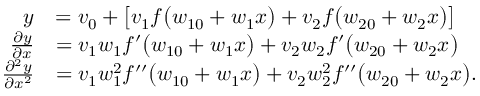
\begin{array} { r l } { y } & { = v _ { 0 } + \left[ v _ { 1 } f \big ( w _ { 1 0 } + w _ { 1 } x \big ) + v _ { 2 } f \big ( w _ { 2 0 } + w _ { 2 } x \big ) \right] } \\ { \frac { \partial y } { \partial x } } & { = v _ { 1 } w _ { 1 } f ^ { \prime } \big ( w _ { 1 0 } + w _ { 1 } x \big ) + v _ { 2 } w _ { 2 } f ^ { \prime } \big ( w _ { 2 0 } + w _ { 2 } x \big ) } \\ { \frac { \partial ^ { 2 } y } { \partial x ^ { 2 } } } & { = v _ { 1 } w _ { 1 } ^ { 2 } f ^ { \prime \prime } \big ( w _ { 1 0 } + w _ { 1 } x \big ) + v _ { 2 } w _ { 2 } ^ { 2 } f ^ { \prime \prime } \big ( w _ { 2 0 } + w _ { 2 } x \big ) . } \end{array}